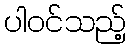
ပါဝင်သည့်